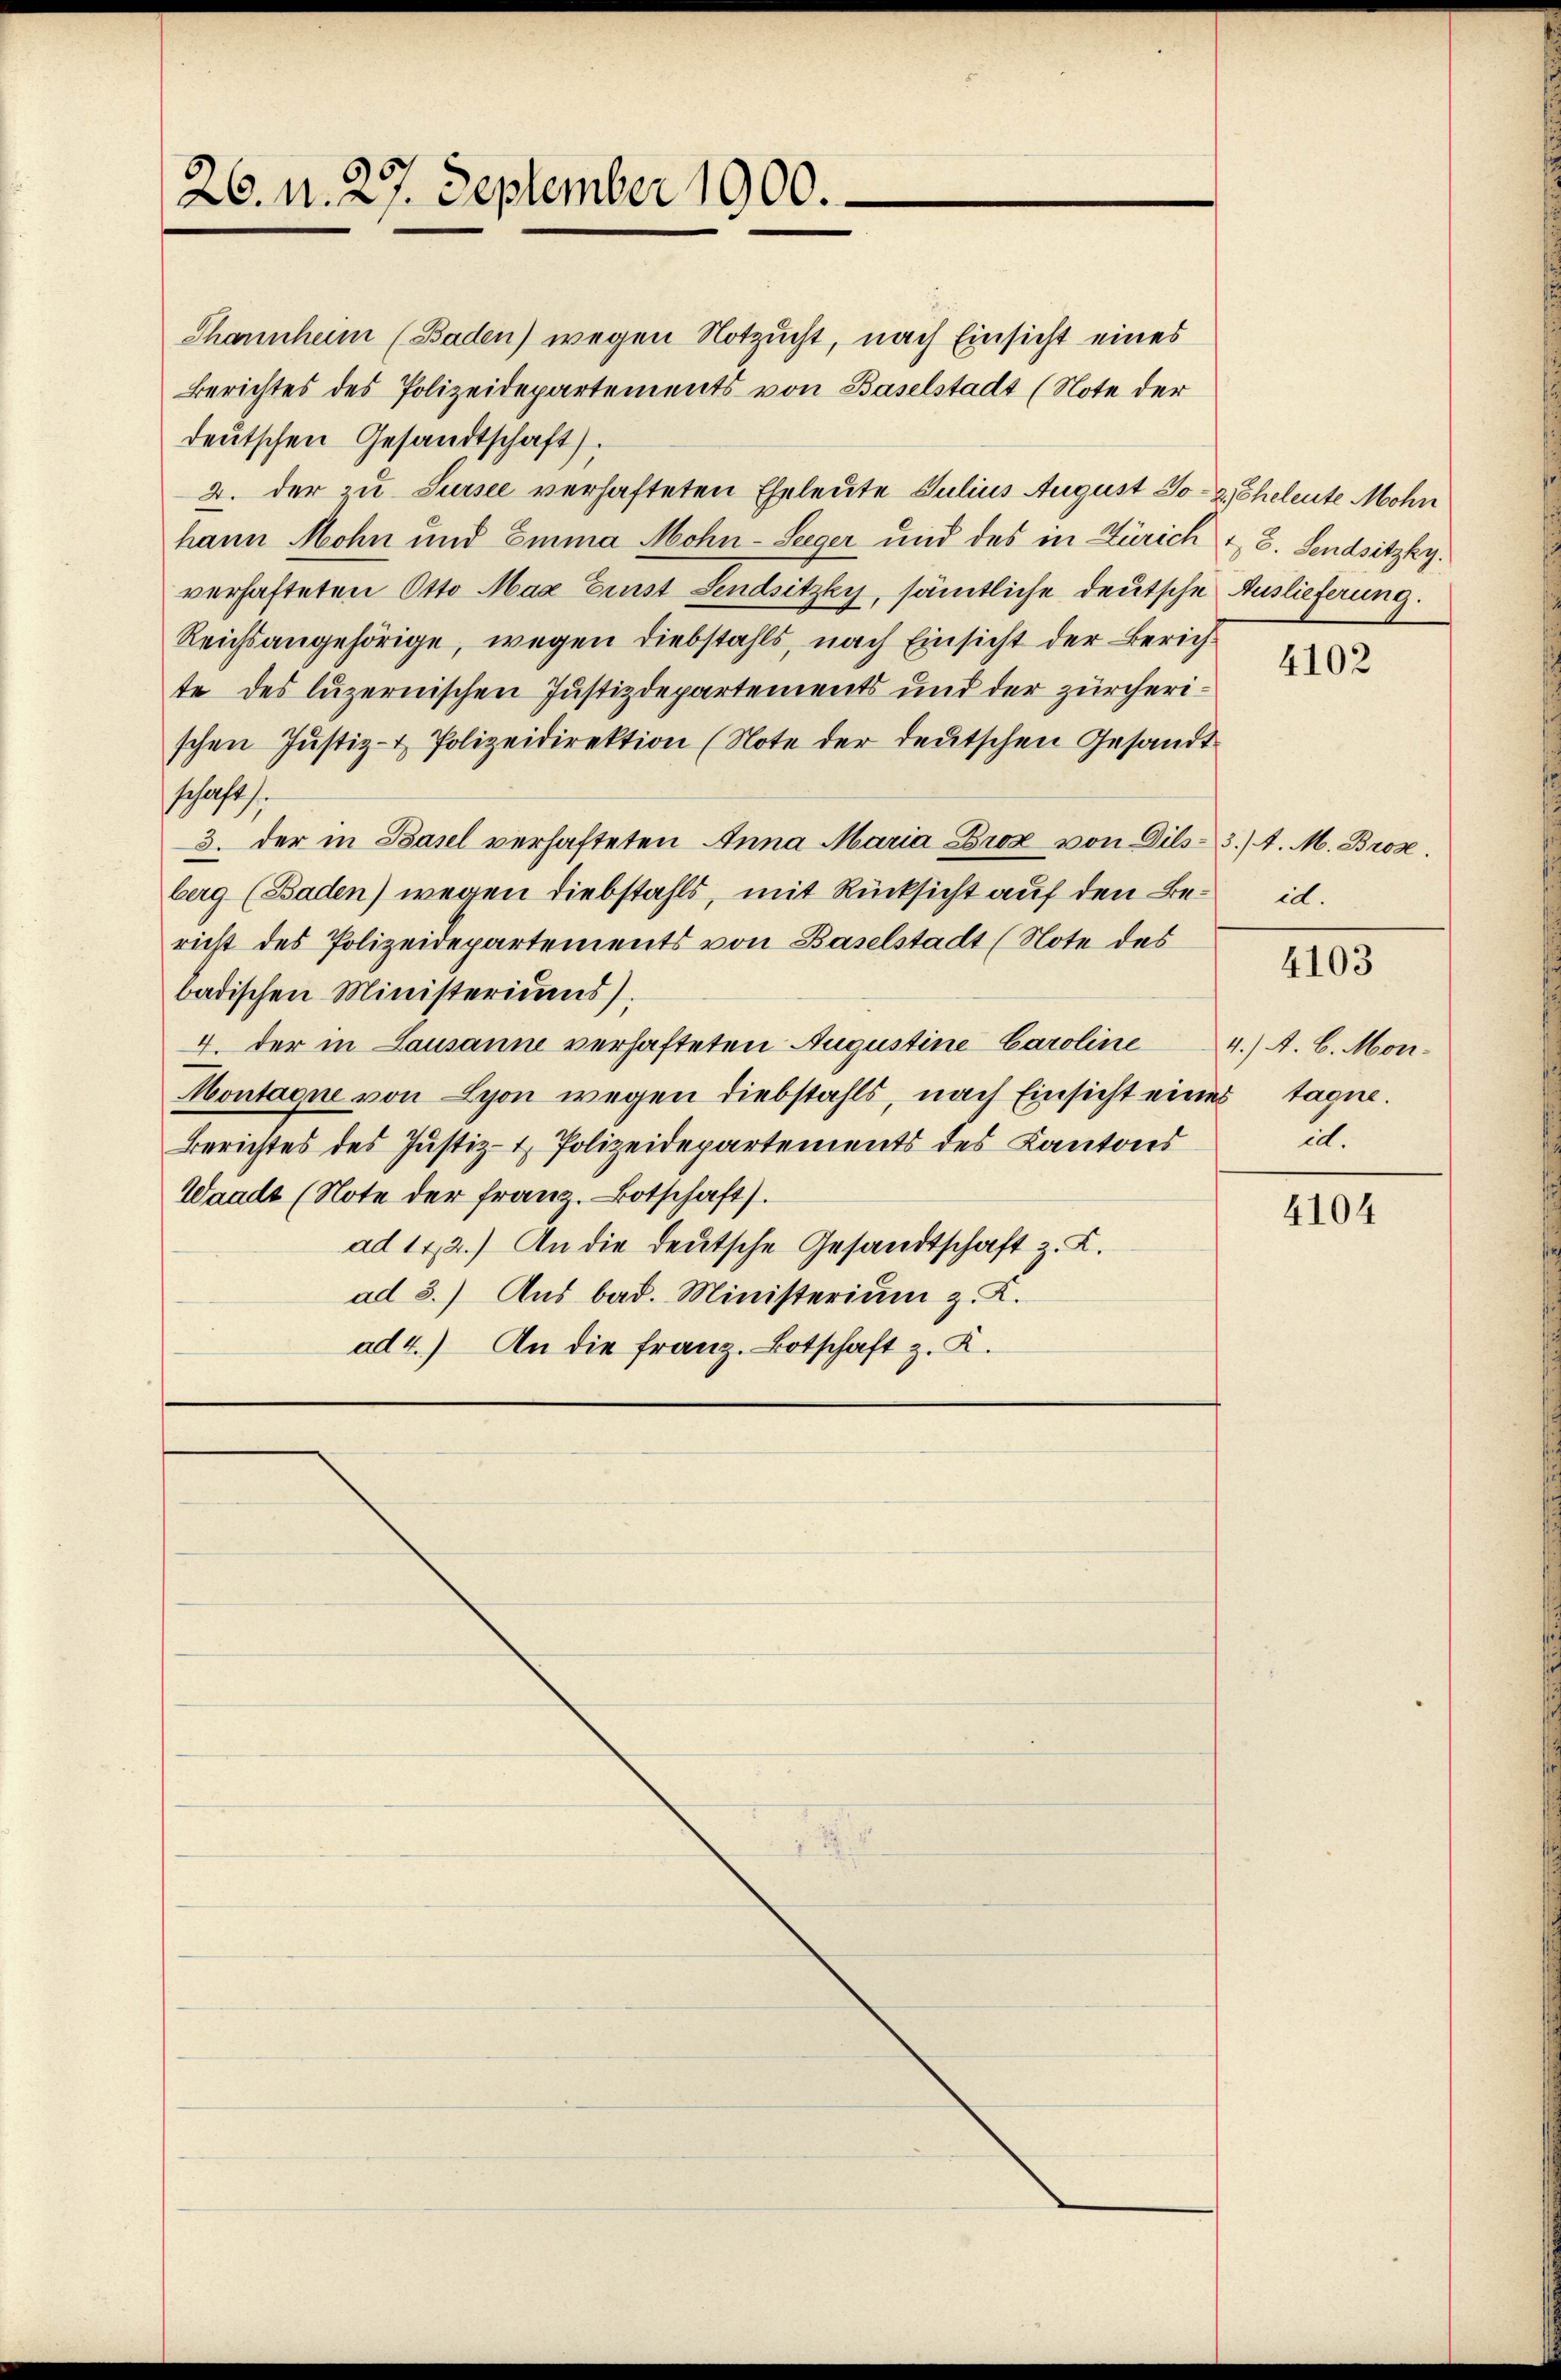
26. N. 27. September 1900.

Thannheim (Baden) wegen Notzucht, nach Einsicht eines
Berichtes des Polizeidepartements von Baselstadt (Note der
deutschen Gesandtschaft).
2. der zu Sursee verhafteten Eheleute Julius August Jo- 2, Eheleute Mohn
hann Mohn und Emma Mohn-Seeger und des in Zürich & 8. Sendsitzky.
verhafteten Otto Mag Einst Sendsitzky, sämtliche deutsche Auslieferung.
Reichsangehörige, wegen Diebstahls, nach Einsicht der Zürichte des luzernischen Justizdepartements und der zürcherischen Justiz- & Polizeidirektion (Note der deutschen Gesandtschafts
3. der in Basel verhafteten Anna Maria Bros von Dils= 3./. M. Bros.
berg (Baden) wegen Diebstahls, mit Rücksicht auf den Bericht des Polizeidepartements von Baselstadt (Note des
badischen Ministeriums).
4. der in Lausanne verhafteten Augustine Caroline
Montagne von Lyon wegen diebstahls, nach Einsicht eines tage.
Berichtes des Justiz- & Polizeidepartements des Kantons
Waadt (Note der franz. Botschaft).
ad 142.) An die deutsche Gesandtschaft z. K.
ad 3.) Aus bad. Ministerium z. K.
ad 4.) An die franz. Botschaft z. K.

4102

ict.

4103

4.) A. 6. Mon.
21.

4104